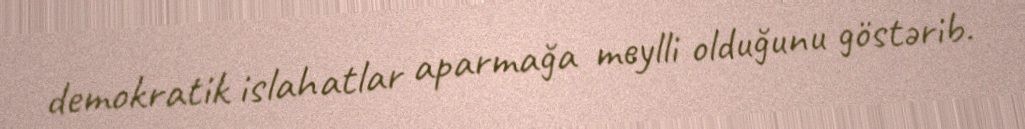
demokratik islahatlar aparmağa meylli olduğunu göstərib.